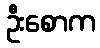
ဦးစောက